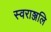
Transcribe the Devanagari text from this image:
स्वराञ्जलि